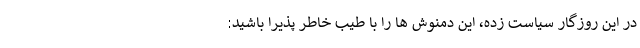
در این روزگار سیاست زده، این دمنوش ها را با طیب خاطر پذیرا باشید: